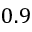
0 . 9